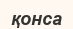
қонса